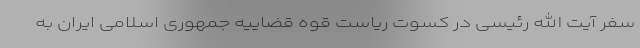
سفر آیت الله رئیسی در کسوت ریاست قوه قضاییه جمهوری اسلامی ایران به